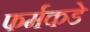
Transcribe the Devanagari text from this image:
फर्मकडे